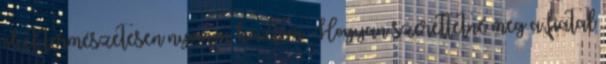
őket természetesen nyomon követem. Hogyan szerettetné meg a fiatal